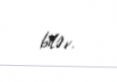
bilər.